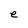
Character: e